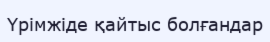
Үрімжіде қайтыс болғандар